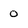
Character: 0